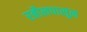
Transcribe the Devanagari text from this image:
रबौलपासून